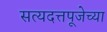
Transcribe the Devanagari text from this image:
सत्यदत्तपूजेच्या